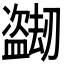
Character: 𬐼